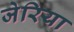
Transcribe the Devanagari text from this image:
जेरिया